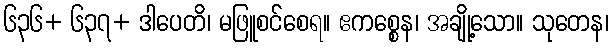
၆၃၆+ ၆၃၇+ ဒါပေတိ၊ မဖြူစင်စေရ။ ဧကစ္စေန၊ အချို့သော။ သုတေန၊